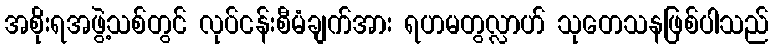
အစိုးရအဖွဲ့သစ်တွင် လုပ်ငန်းစီမံချက်အား ရဟမတွလ္လာဟ် သုတေသနဖြစ်ပါသည်